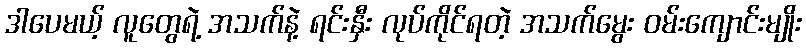
ဒါပေမယ့် လူတွေရဲ့ အသက်နဲ့ ရင်းနှီး လုပ်ကိုင်ရတဲ့ အသက်မွေး ဝမ်းကျောင်းမျိုး